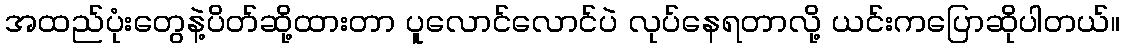
အထည်ပုံးတွေနဲ့ပိတ်ဆို့ထားတာ ပူလောင်လောင်ပဲ လုပ်နေရတာလို့ ယင်းကပြောဆိုပါတယ်။